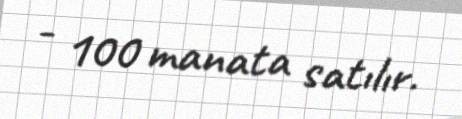
- 100 manata satılır.